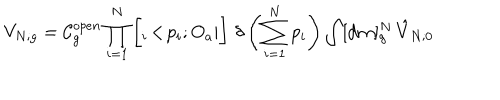
V _ { N ; g } = { \cal C } _ { g } ^ { o p e n } \prod _ { i = 1 } ^ { N } \bigg [ { } _ { i } \! < \! p _ { i } ; O _ { a } | \bigg ] \, \, \delta \left( \sum _ { i = 1 } ^ { N } p _ { i } \right) \int [ { \mathrm { d } } m ] _ { g } ^ { N } \, { \hat { V } } _ { N ; 0 }